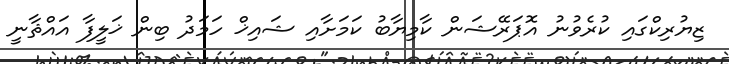
ޒިޔުރިކްގައި ކުރެވުނު އޮޕަރޭޝަން ކާމިޔާބު ކަމަށާއި ޝައިޚް ހަމަދު ބިން ޚަލީފާ އައްޘާނީ